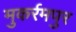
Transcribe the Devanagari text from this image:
मुकर्रमपुर